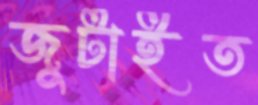
জুটাইত